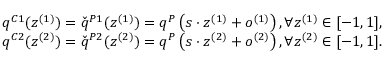
\begin{array} { r l } & { q ^ { C 1 } ( z ^ { ( 1 ) } ) = \check { q } ^ { P 1 } ( z ^ { ( 1 ) } ) = q ^ { P } \left( s \cdot z ^ { ( 1 ) } + o ^ { ( 1 ) } \right) , \forall z ^ { ( 1 ) } \in [ - 1 , 1 ] , } \\ & { q ^ { C 2 } ( z ^ { ( 2 ) } ) = \check { q } ^ { P 2 } ( z ^ { ( 2 ) } ) = q ^ { P } \left( s \cdot z ^ { ( 2 ) } + o ^ { ( 2 ) } \right) , \forall z ^ { ( 2 ) } \in [ - 1 , 1 ] . } \end{array}